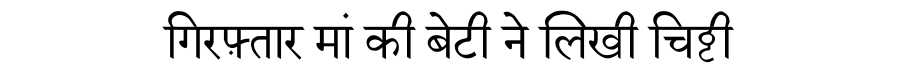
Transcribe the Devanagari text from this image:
गिरफ़्तार मां की बेटी ने लिखी चिट्ठी